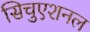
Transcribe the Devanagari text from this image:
सिचुएशनल